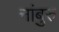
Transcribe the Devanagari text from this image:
नांबुरु